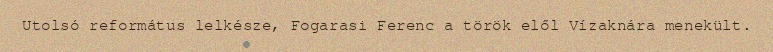
Utolsó református lelkésze, Fogarasi Ferenc a török elől Vízaknára menekült.